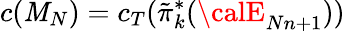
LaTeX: c(\mathit{M}_{N})=c_{T}(\tilde{{\pi}}_{k}^{*}({\calE}_{Nn+1}))